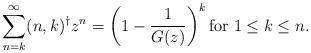
LaTeX: \begin{align*}\sum_{n=k}^\infty (n,k)^{\dagger} z^n = \left( 1 - \frac{1}{G(z)} \right)^k \mbox{for}~1 \leq k \leq n.\end{align*}